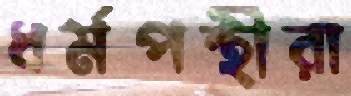
ধর্মপন্থীরা